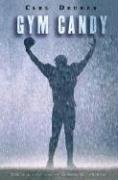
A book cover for Gym Candy; Carl Deuker; Teen & Young Adult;